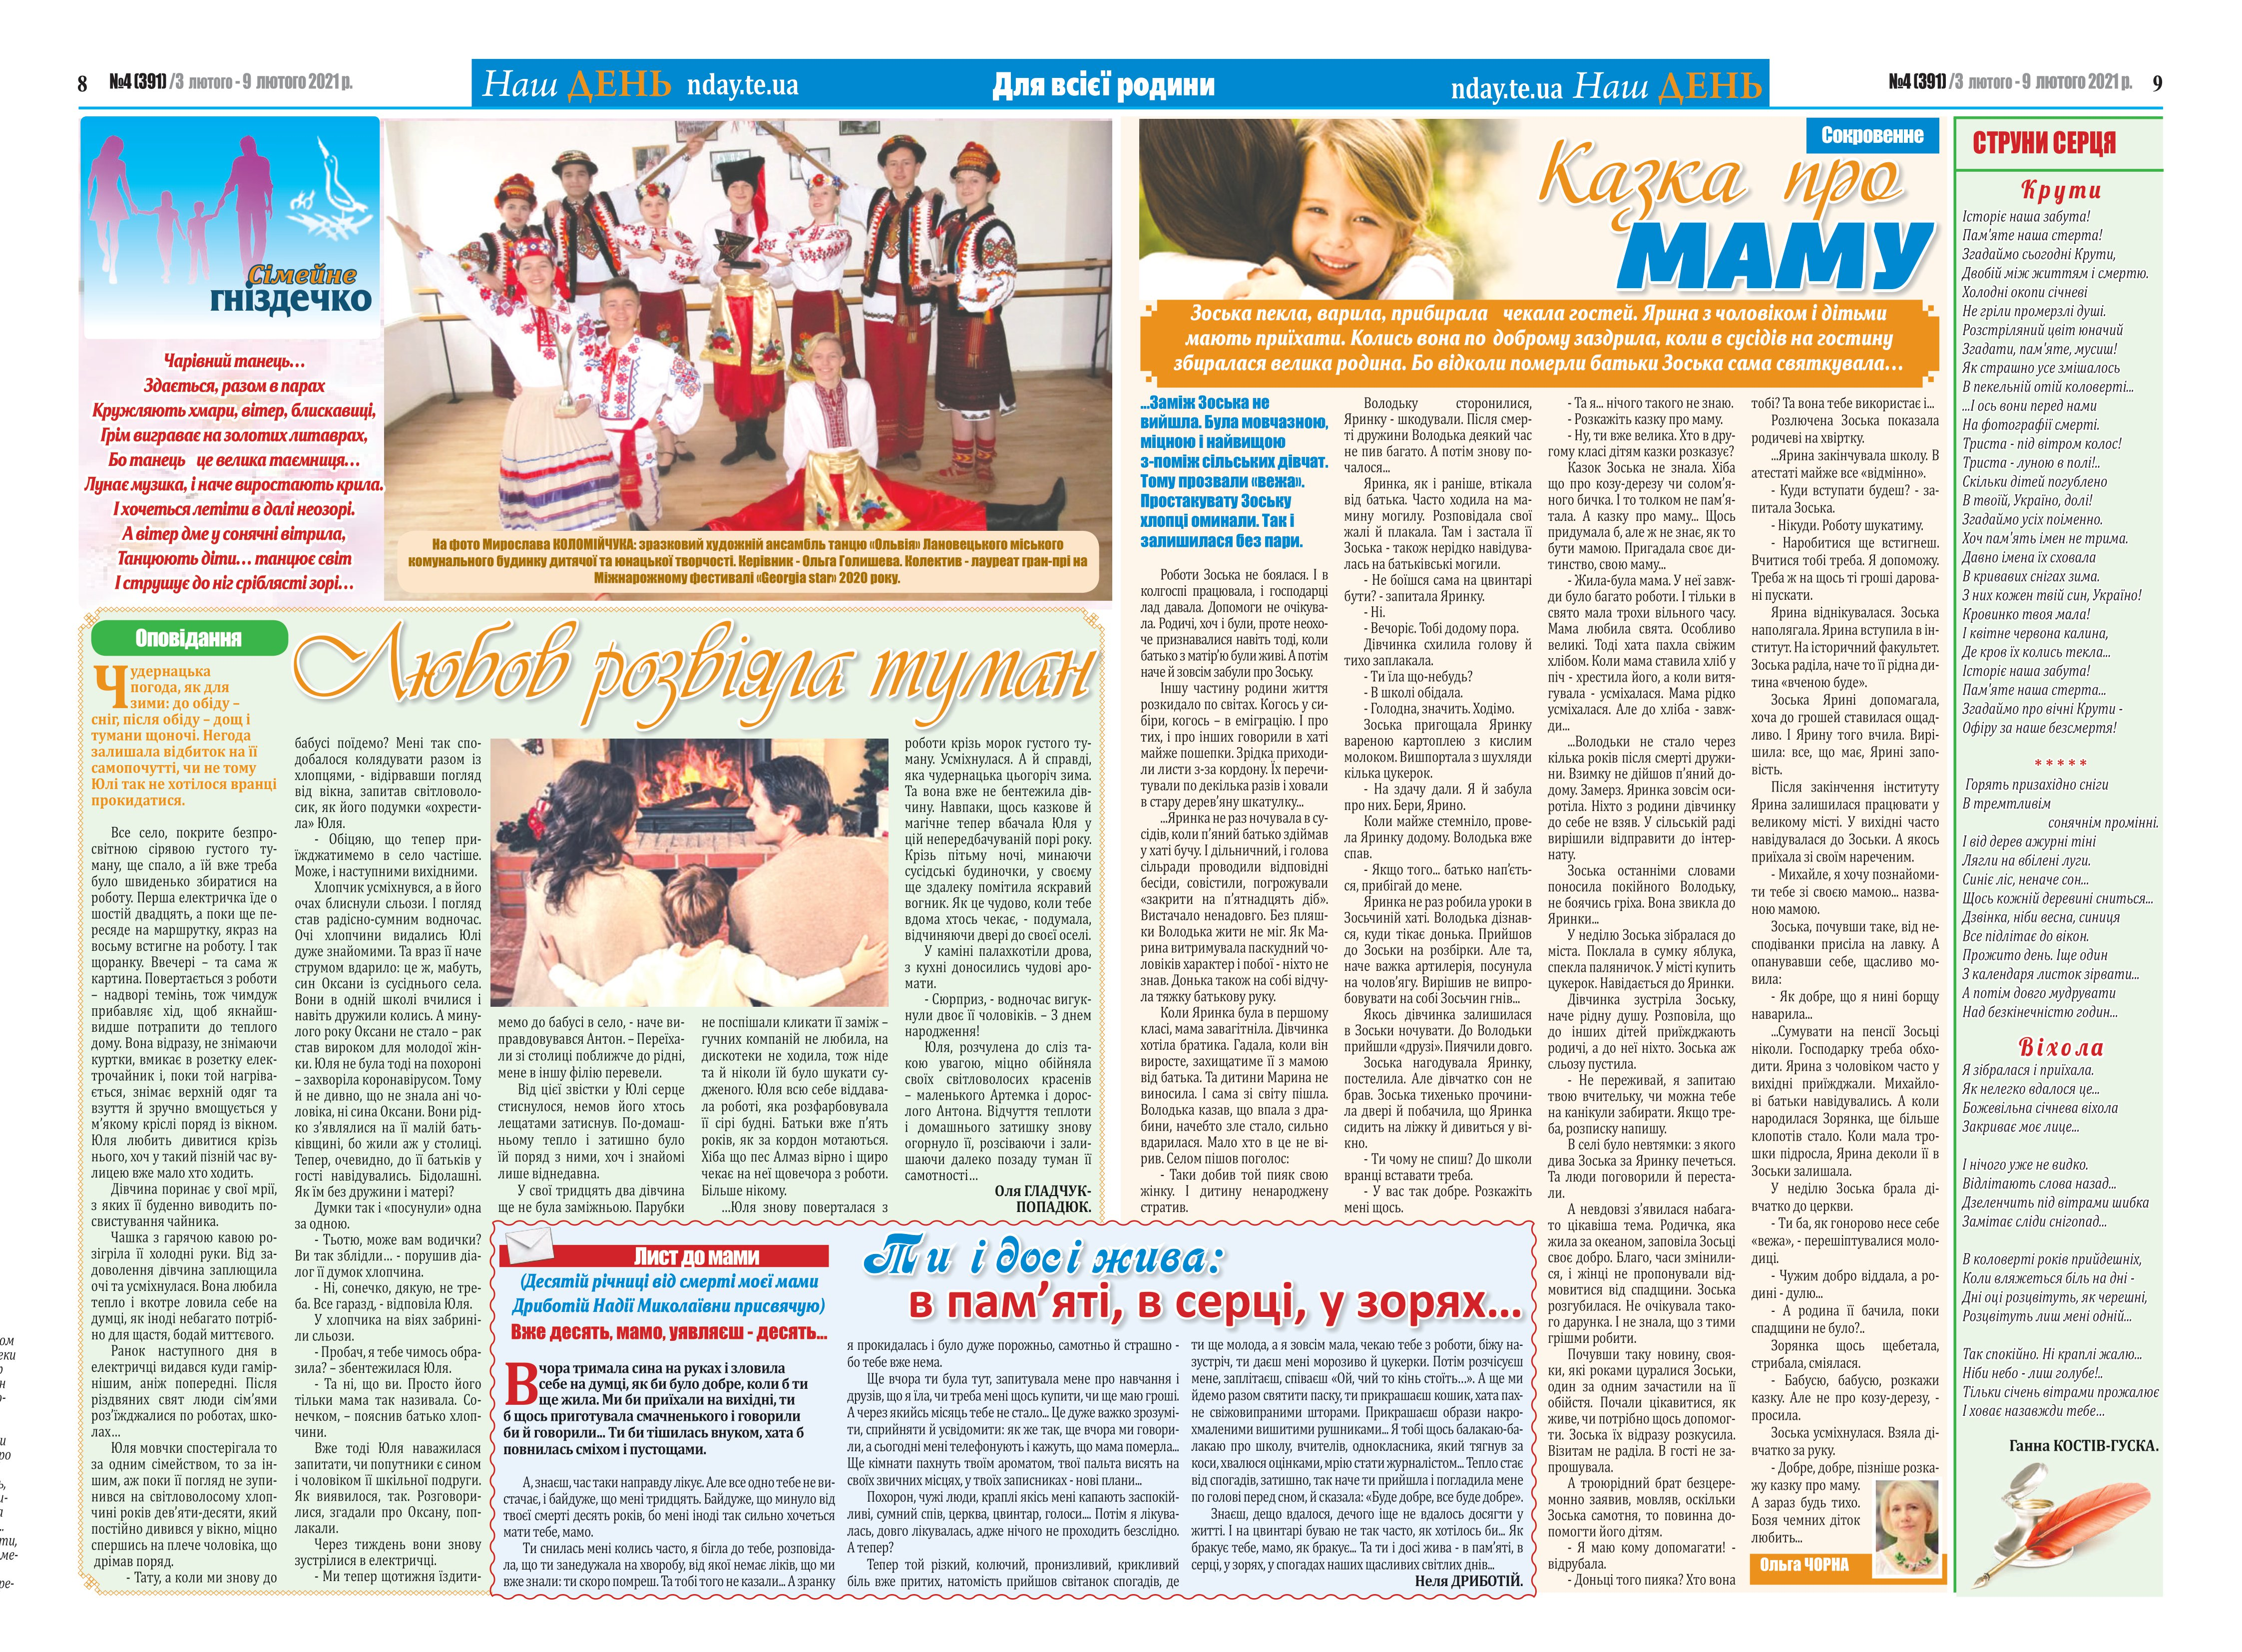
Language: uk